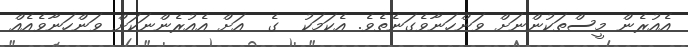
އެއުރެން މީސްތަކުންނަށް ވަންހަނާވެގަނެތެވެ. އެކަމަކު  ގެ  އަށް އެއުރެންނަކަށް ވަންހަނާވެއެއް